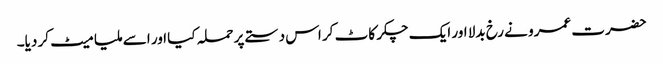
حضرت عمرو نے رخ بدلا اور ایک چکر کاٹ کر اس دستے پر حملہ کیا اور اسے ملیا میٹ کر دیا۔